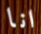
انا